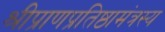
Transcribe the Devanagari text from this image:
श्रीप्राणप्रतिष्ठामंत्रस्य